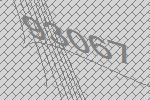
93067